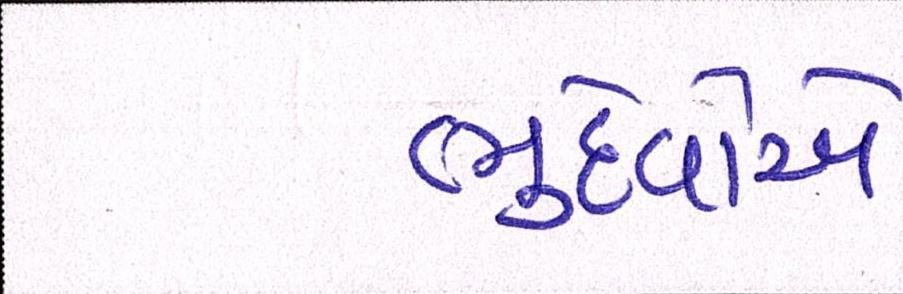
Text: ભુદેવોએ